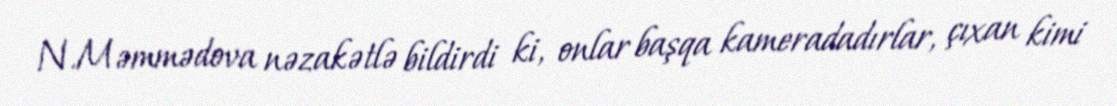
N.Məmmədova nəzakətlə bildirdi ki, onlar başqa kameradadırlar, çıxan kimi